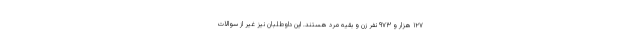
۱۲۷ هزار و ۹۷۳ نفر زن و بقیه مرد هستند. این داوطلبان نیز غیر از سوالات